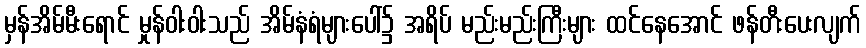
မှန်အိမ်မီးရောင် မှုန်ဝါးဝါးသည် အိမ်နံရံများပေါ်၌ အရိပ် မည်းမည်းကြီးများ ထင်နေအောင် ဖန်တီးပေးလျက်